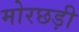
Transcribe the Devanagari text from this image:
मोरछड़ी